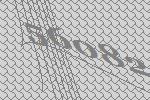
56082